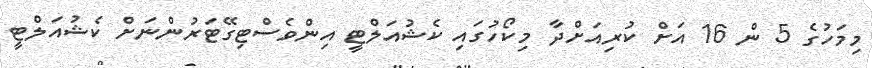
މިމަހުގެ 5 ން 16 އަށް ކުރިއަށްދާ މިކޯހުގައި ކެޝުއަލްޓީ އިންވެސްޓިގޭޓަރުންނަށް ކެޝުއަލްޓީ